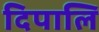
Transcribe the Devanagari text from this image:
दिपालि